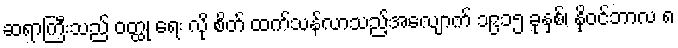
ဆရာကြီးသည် ဝတ္ထု ရေး လို စိတ် ထက်သန်လာသည့်အလျောက် ၁၉၁၅ ခုနှစ်၊ နိုဝင်ဘာလ ၈